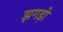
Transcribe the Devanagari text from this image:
झगड़ो